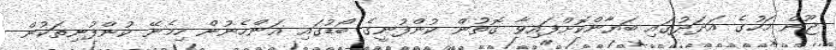
ޖޫން މަހުގެ އަދަދުގައި ބަޔާންކޮށްފައިވާ ގޮތުން ކުންފުނީގެ ބޯޑުގައި އަންހެނުން ހިމެނޭ ކުންފުނިތަކުން